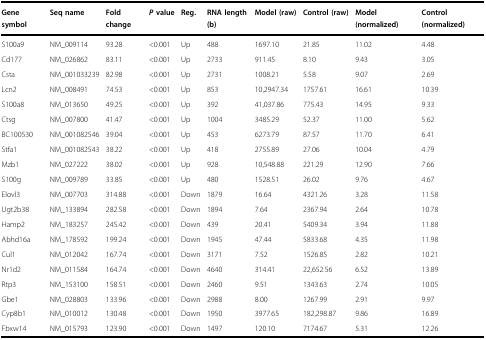
<table><thead><tr><td><b>Gene symbol</b></td><td><b>Seq name</b></td><td><b>Fold change</b></td><td><b><i>P</i> value</b></td><td><b>Reg.</b></td><td><b>RNA length (b)</b></td><td><b>Model (raw)</b></td><td><b>Control (raw)</b></td><td><b>Model (normalized)</b></td><td><b>Control (normalized)</b></td></tr></thead><tbody><tr><td>S100a9</td><td>NM_009114</td><td>93.28</td><td>&lt;0.001</td><td>Up</td><td>488</td><td>1697.10</td><td>21.85</td><td>11.02</td><td>4.48</td></tr><tr><td>Cd177</td><td>NM_026862</td><td>83.11</td><td>&lt;0.001</td><td>Up</td><td>2733</td><td>911.45</td><td>8.10</td><td>9.43</td><td>3.05</td></tr><tr><td>Csta</td><td>NM_001033239</td><td>82.98</td><td>&lt;0.001</td><td>Up</td><td>2731</td><td>1008.21</td><td>5.58</td><td>9.07</td><td>2.69</td></tr><tr><td>Lcn2</td><td>NM_008491</td><td>74.53</td><td>&lt;0.001</td><td>Up</td><td>853</td><td>10,2947.34</td><td>1757.61</td><td>16.61</td><td>10.39</td></tr><tr><td>S100a8</td><td>NM_013650</td><td>49.25</td><td>&lt;0.001</td><td>Up</td><td>392</td><td>41,037.86</td><td>775.43</td><td>14.95</td><td>9.33</td></tr><tr><td>Ctsg</td><td>NM_007800</td><td>41.47</td><td>&lt;0.001</td><td>Up</td><td>1004</td><td>3485.29</td><td>52.37</td><td>11.00</td><td>5.62</td></tr><tr><td>BC100530</td><td>NM_001082546</td><td>39.04</td><td>&lt;0.001</td><td>Up</td><td>453</td><td>6273.79</td><td>87.57</td><td>11.70</td><td>6.41</td></tr><tr><td>Stfa1</td><td>NM_001082543</td><td>38.22</td><td>&lt;0.001</td><td>Up</td><td>418</td><td>2755.89</td><td>27.06</td><td>10.04</td><td>4.79</td></tr><tr><td>Mzb1</td><td>NM_027222</td><td>38.02</td><td>&lt;0.001</td><td>Up</td><td>928</td><td>10,548.88</td><td>221.29</td><td>12.90</td><td>7.66</td></tr><tr><td>S100g</td><td>NM_009789</td><td>33.85</td><td>&lt;0.001</td><td>Up</td><td>480</td><td>1528.51</td><td>26.02</td><td>9.76</td><td>4.67</td></tr><tr><td>Elovl3</td><td>NM_007703</td><td>314.88</td><td>&lt;0.001</td><td>Down</td><td>1879</td><td>16.64</td><td>4321.26</td><td>3.28</td><td>11.58</td></tr><tr><td>Ugt2b38</td><td>NM_133894</td><td>282.58</td><td>&lt;0.001</td><td>Down</td><td>1894</td><td>7.64</td><td>2367.94</td><td>2.64</td><td>10.78</td></tr><tr><td>Hamp2</td><td>NM_183257</td><td>245.42</td><td>&lt;0.001</td><td>Down</td><td>439</td><td>20.41</td><td>5409.34</td><td>3.94</td><td>11.88</td></tr><tr><td>Abhd16a</td><td>NM_178592</td><td>199.24</td><td>&lt;0.001</td><td>Down</td><td>1945</td><td>47.44</td><td>5833.68</td><td>4.35</td><td>11.98</td></tr><tr><td>Cul1</td><td>NM_012042</td><td>167.74</td><td>&lt;0.001</td><td>Down</td><td>3171</td><td>7.52</td><td>1526.85</td><td>2.82</td><td>10.21</td></tr><tr><td>Nr1d2</td><td>NM_011584</td><td>164.74</td><td>&lt;0.001</td><td>Down</td><td>4640</td><td>314.41</td><td>22,652.56</td><td>6.52</td><td>13.89</td></tr><tr><td>Rtp3</td><td>NM_153100</td><td>158.51</td><td>&lt;0.001</td><td>Down</td><td>2460</td><td>9.51</td><td>1343.63</td><td>2.74</td><td>10.05</td></tr><tr><td>Gbe1</td><td>NM_028803</td><td>133.96</td><td>&lt;0.001</td><td>Down</td><td>2988</td><td>8.00</td><td>1267.99</td><td>2.91</td><td>9.97</td></tr><tr><td>Cyp8b1</td><td>NM_010012</td><td>130.48</td><td>&lt;0.001</td><td>Down</td><td>1950</td><td>3977.65</td><td>182,298.87</td><td>9.86</td><td>16.89</td></tr><tr><td>Fbxw14</td><td>NM_015793</td><td>123.90</td><td>&lt;0.001</td><td>Down</td><td>1497</td><td>120.10</td><td>7174.67</td><td>5.31</td><td>12.26</td></tr></tbody></table>